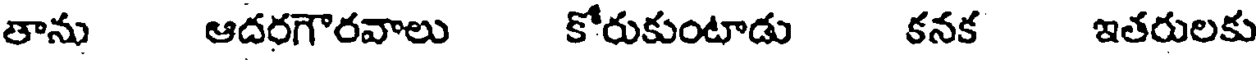
తాను ఆదరగౌరవాలు కోరుకుంటాడు కనక ఇతరులకు